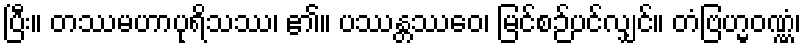
ပြီး။ တဿမဟာပုရိသဿ၊ ၏။ ပဿန္တဿေဝ၊ မြင်စဉ်ပင်လျှင်။ တံဗြဟ္မဝဏ္ဏံ၊